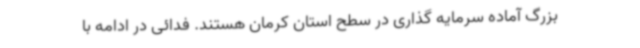
بزرگ آماده سرمایه گذاری در سطح استان کرمان هستند. فدائی در ادامه با